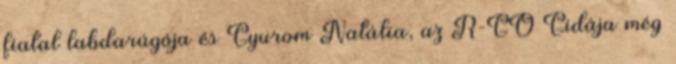
fiatal labdarúgója és Gyurom Natália, az R-GO Gidája még